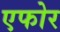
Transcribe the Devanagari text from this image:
एफोर